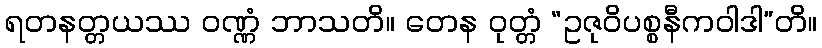
ရတနတ္တယဿ ဝဏ္ဏံ ဘာသတိ။ တေန ဝုတ္တံ “ဥဇုဝိပစ္စနီကဝါဒါ”တိ။